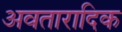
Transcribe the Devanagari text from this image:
अवतारादिक